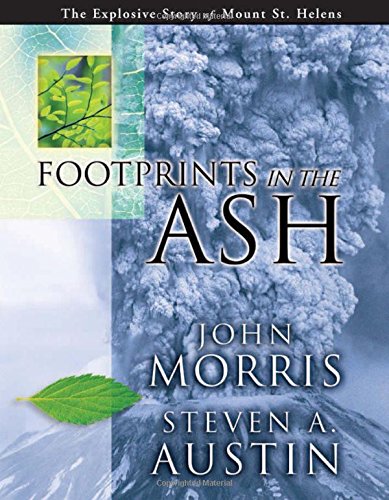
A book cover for Footprints in the Ash: The Explosive Story of Mount St. Helens; John Morris; Science & Math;